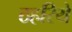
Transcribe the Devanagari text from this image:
ठहरिये